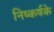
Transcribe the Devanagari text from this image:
निष्कर्षके